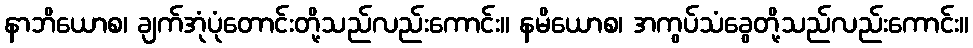
နာဘိယောစ၊ ချက်အုံပုံတောင်းတို့သည်လည်းကောင်း။ နမိယောစ၊ အကွပ်သံခွေတို့သည်လည်းကောင်း။